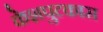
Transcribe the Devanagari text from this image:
केशपुटकास